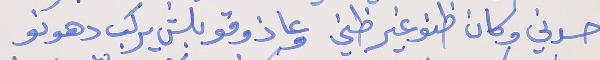
حسدني وكان ظنو غير ظني     وعا ذوقو بلش يركب دهونو